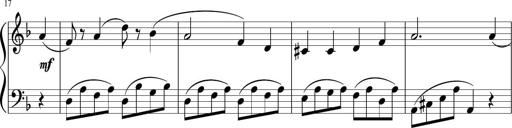
Title: 3 Sonatinen
Composer: Heinrich Lichner